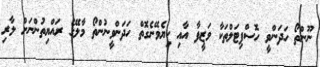
ނޫންތޯ ހަދަންވީ ހޮސްޕިޓަލްތަކާ ވަޒީފާ އާއި ކިޔެވޭނެގޮތް ހަދަންވީނުންތޯ މާލޭގެ ރައްޔިތުންނަށް ލާރި